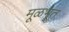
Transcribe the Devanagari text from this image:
मूळभूत